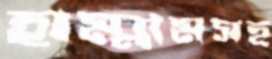
হাম্মামসহ